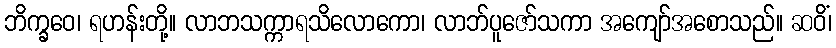
ဘိက္ခဝေ၊ ရဟန်းတို့။ လာဘသက္ကာရသိလောကော၊ လာဘ်ပူဇော်သကာ အကျော်အစောသည်။ ဆဝိံ၊